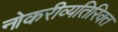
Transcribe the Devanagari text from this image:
नोकरीव्यतिरिक्त